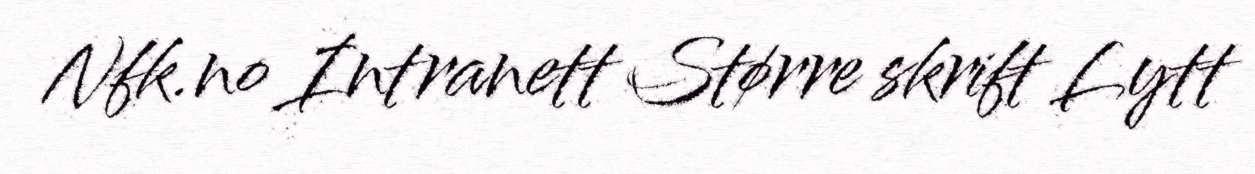
Nfk.no Intranett Større skrift Lytt